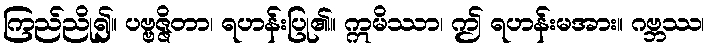
ကြည်ညို၍။ ပဗ္ဗဇ္ဇိတာ၊ ရဟန်းပြု၏။ ဣမိဿာ၊ ဤ ရဟန်းမအား။ ဂဗ္ဘဿ၊